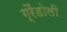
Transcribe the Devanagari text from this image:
ग्रैंडोली